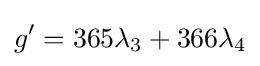
g'=365\lambda _{3}+366\lambda _{4}